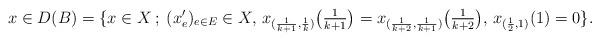
LaTeX: \begin{align*}x\in D(B)=\{ x\in X\:;\: (x'_e)_{e\in E}\in X,\, x_{(\frac1{k+1},\frac1{k})}\bigl(\textstyle{\frac1{k+1}}\bigr)=x_{({\frac1{k+2}},\frac1{k+1})}\bigl({\frac1{k+2}}\bigr),\, x_{(\frac12,1)}(1)=0\}.\end{align*}